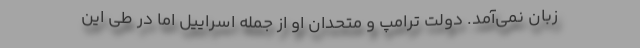
زبان نمی‌آمد. دولت ترامپ و متحدان او از جمله اسراییل اما در طی این